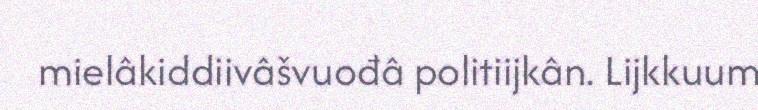
mielâkiddiivâšvuođâ politiijkân. Lijkkuum